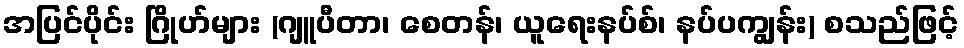
အပြင်ပိုင်း ဂြိုဟ်များ (ဂျူပီတာ၊ စေတန်၊ ယူရေးနပ်စ်၊ နပ်ပကျွန်း) စသည်ဖြင့်